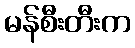
မန်စီးတီးက